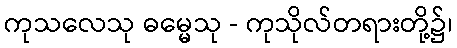
ကုသလေသု ဓမ္မေသု - ကုသိုလ်တရားတို့၌၊